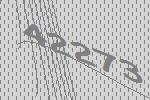
42273